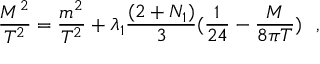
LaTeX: \frac { M ^ { 2 } } { T ^ { 2 } } = \frac { m ^ { 2 } } { T ^ { 2 } } + \lambda _ { 1 } \frac { ( 2 + N _ { 1 } ) } { 3 } ( \frac { 1 } { 2 4 } - \frac { M } { 8 \pi T } ) ~ ~ ,